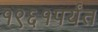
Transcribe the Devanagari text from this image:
१९६१पर्यंत